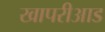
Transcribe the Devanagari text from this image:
खापरीआड